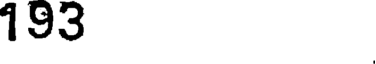
193